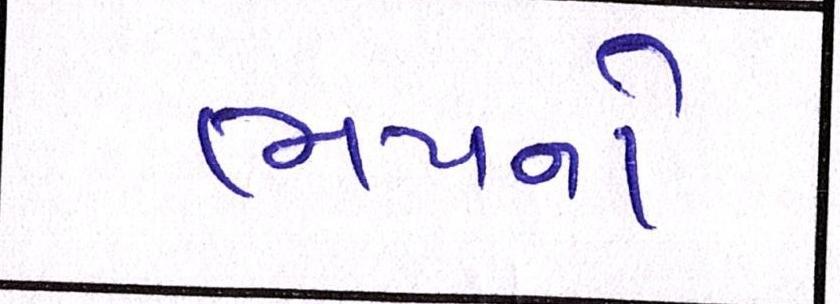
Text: ભયનો